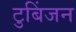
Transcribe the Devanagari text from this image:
टुबिंजन